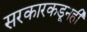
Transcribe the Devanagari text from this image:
सरकारकडूनही